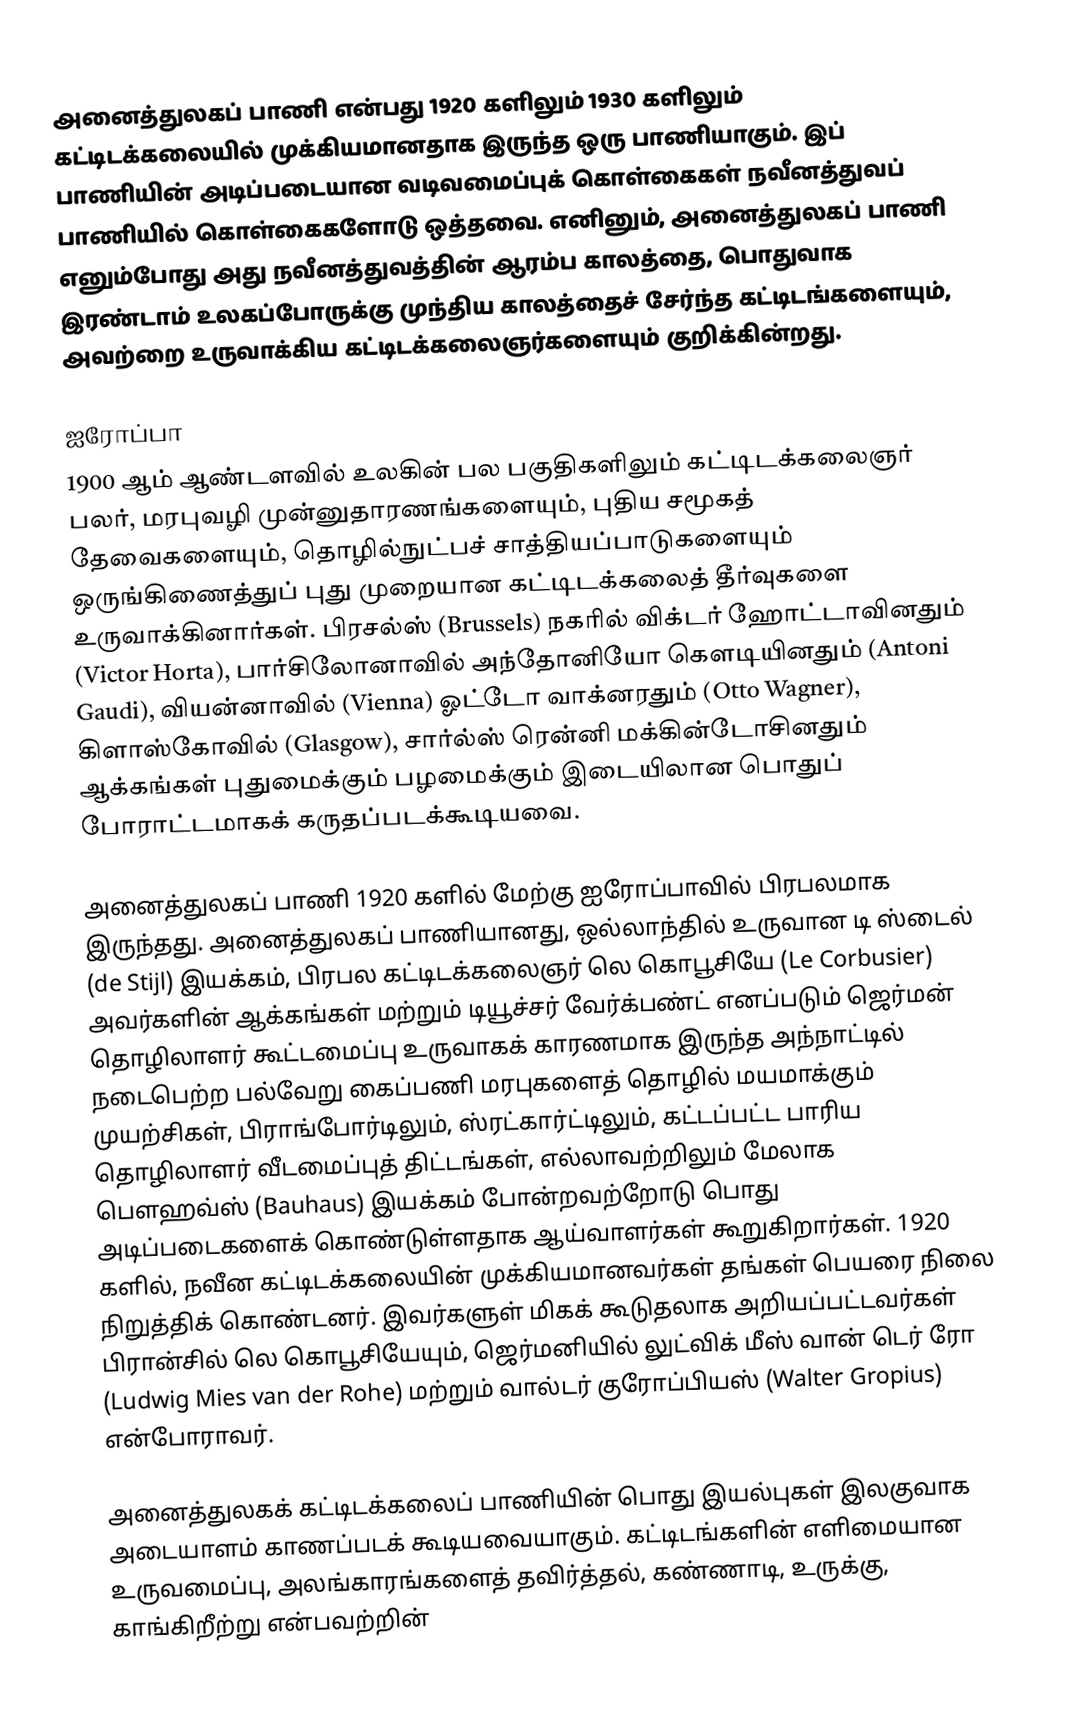
அனைத்துலகப் பாணி என்பது 1920 களிலும் 1930 களிலும் கட்டிடக்கலையில் முக்கியமானதாக இருந்த ஒரு பாணியாகும். இப் பாணியின் அடிப்படையான வடிவமைப்புக் கொள்கைகள் நவீனத்துவப் பாணியில் கொள்கைகளோடு ஒத்தவை. எனினும், அனைத்துலகப் பாணி எனும்போது அது நவீனத்துவத்தின் ஆரம்ப காலத்தை, பொதுவாக இரண்டாம் உலகப்போருக்கு முந்திய காலத்தைச் சேர்ந்த கட்டிடங்களையும், அவற்றை உருவாக்கிய கட்டிடக்கலைஞர்களையும் குறிக்கின்றது.

ஐரோப்பா
1900 ஆம் ஆண்டளவில் உலகின் பல பகுதிகளிலும் கட்டிடக்கலைஞர் பலர், மரபுவழி முன்னுதாரணங்களையும், புதிய சமூகத் தேவைகளையும், தொழில்நுட்பச் சாத்தியப்பாடுகளையும் ஒருங்கிணைத்துப் புது முறையான கட்டிடக்கலைத் தீர்வுகளை உருவாக்கினார்கள். பிரசல்ஸ் (Brussels) நகரில் விக்டர் ஹோட்டாவினதும் (Victor Horta), பார்சிலோனாவில் அந்தோனியோ கௌடியினதும் (Antoni Gaudi), வியன்னாவில் (Vienna) ஓட்டோ வாக்னரதும் (Otto Wagner), கிளாஸ்கோவில் (Glasgow), சார்ல்ஸ் ரென்னி மக்கின்டோசினதும் ஆக்கங்கள் புதுமைக்கும் பழமைக்கும் இடையிலான பொதுப் போராட்டமாகக் கருதப்படக்கூடியவை.

அனைத்துலகப் பாணி 1920 களில் மேற்கு ஐரோப்பாவில் பிரபலமாக இருந்தது. அனைத்துலகப் பாணியானது, ஒல்லாந்தில் உருவான டி ஸ்டைல் (de Stijl) இயக்கம், பிரபல கட்டிடக்கலைஞர் லெ கொபூசியே (Le Corbusier) அவர்களின் ஆக்கங்கள் மற்றும் டியூச்சர் வேர்க்பண்ட் எனப்படும் ஜெர்மன் தொழிலாளர் கூட்டமைப்பு உருவாகக் காரணமாக இருந்த அந்நாட்டில் நடைபெற்ற பல்வேறு கைப்பணி மரபுகளைத் தொழில் மயமாக்கும் முயற்சிகள், பிராங்போர்டிலும், ஸ்ரட்கார்ட்டிலும், கட்டப்பட்ட பாரிய தொழிலாளர் வீடமைப்புத் திட்டங்கள், எல்லாவற்றிலும் மேலாக பௌஹவ்ஸ் (Bauhaus) இயக்கம் போன்றவற்றோடு பொது அடிப்படைகளைக் கொண்டுள்ளதாக ஆய்வாளர்கள் கூறுகிறார்கள். 1920 களில், நவீன கட்டிடக்கலையின் முக்கியமானவர்கள் தங்கள் பெயரை நிலை நிறுத்திக் கொண்டனர். இவர்களுள் மிகக் கூடுதலாக அறியப்பட்டவர்கள் பிரான்சில் லெ கொபூசியேயும், ஜெர்மனியில் லுட்விக் மீஸ் வான் டெர் ரோ (Ludwig Mies van der Rohe) மற்றும் வால்டர் குரோப்பியஸ் (Walter Gropius) என்போராவர்.

அனைத்துலகக் கட்டிடக்கலைப் பாணியின் பொது இயல்புகள் இலகுவாக அடையாளம் காணப்படக் கூடியவையாகும். கட்டிடங்களின் எளிமையான உருவமைப்பு, அலங்காரங்களைத் தவிர்த்தல், கண்ணாடி, உருக்கு, காங்கிறீற்று என்பவற்றின்